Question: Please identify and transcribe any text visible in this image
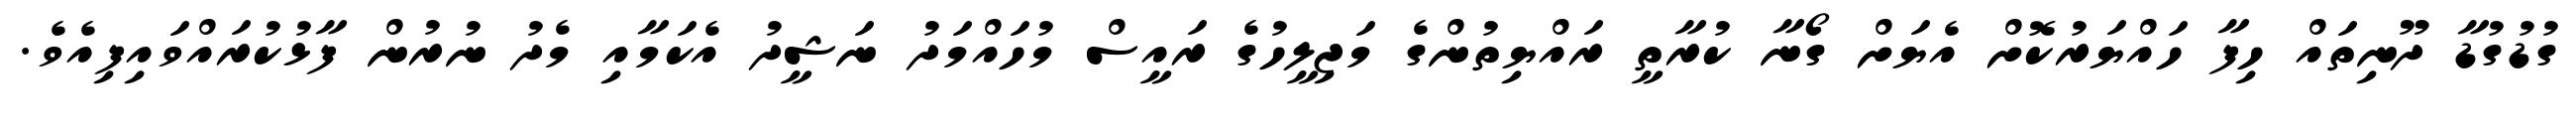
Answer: ގުޑުގުޑާ ދޫނިތައް ހިފާ ހައްޔަރުކޮށް އެޔަށް ގޯނާ ކުރާތީ ރައްޔިތުންގެ މަޖިލީހުގެ ރައީސް މުހައްމަދު ނަޝީދު އެކަމާއި މެދު ނުރުން ފާޅުކުރައްވައިފިއެވެ.